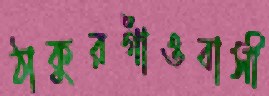
ঠাকুরগাঁওবাসী